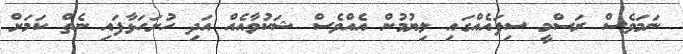
ނަމަވެސް ރަސްމީ ސިފައެއްގައި ލިޔުމުން އެއްވެސް ޝަކުވާއެއް އަދި ހުށަހަޅާފައި ނެތް ކަމަށް